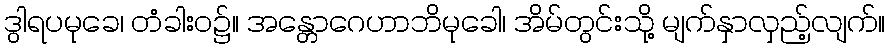
ဒွါရပမုခေ၊ တံခါးဝ၌။ အန္တောဂေဟာဘိမုခေါ၊ အိမ်တွင်းသို့ မျက်နှာလှည့်လျက်။